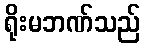
ရိုးမဘဏ်သည်